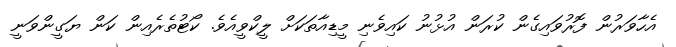
އެހާވަރުން ފޮރުވައިގެން ކުރަން އުޅުނު ކައިވެނި މީޑިއާތަކަށް ލީކްވީއެވެ. ކޯޓުތެރެއިން ކަން ޔަގީންވަނީ